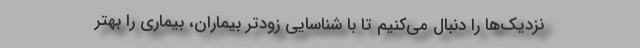
نزدیک‌ها را دنبال می‌کنیم تا با شناسایی زودتر بیماران، بیماری را بهتر